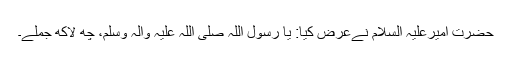
حضرت امیرعلیہ السلام نےعرض کیا: یا رسول اللہ صلی اللہ علیہ وآلہ وسلم، چھ لاکھ جملے۔